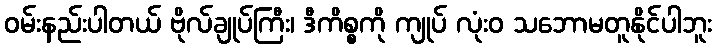
ဝမ်းနည်းပါတယ် ဗိုလ်ချုပ်ကြီး၊ ဒီကိစ္စကို ကျုပ် လုံးဝ သဘောမတူနိုင်ပါဘူး